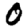
Digit: 0